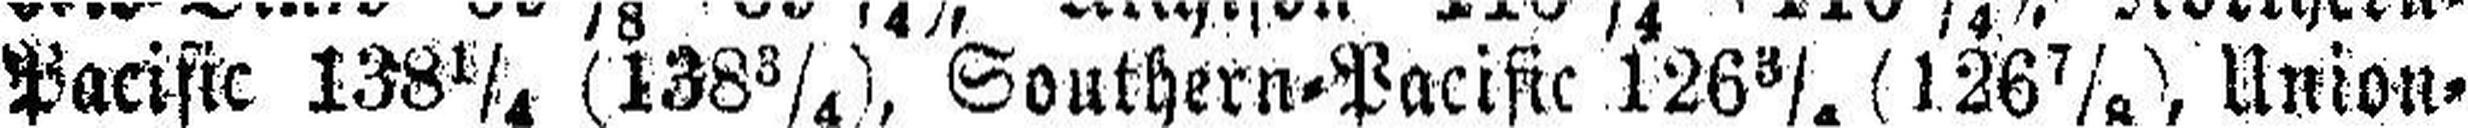
Pacific 138 ¼ (138 ¾), Southern=Pacific 126 3/4 (126 7/8) Union=